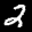
Label: 2